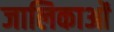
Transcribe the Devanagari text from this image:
जालिकाओं